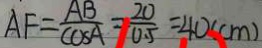
A F = \frac { A B } { \cos A } = \frac { 2 0 } { 0 . 5 } = 4 0 ( c m )